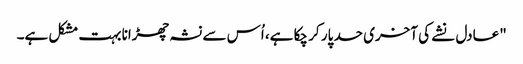
"عادل نشے کی آخری حد پار کر چکا ہے، اُس سے نشہ چھڑانا بہت مشکل ہے۔